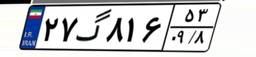
۵۸گ۷۳۲۶۳